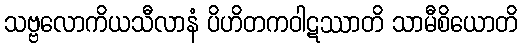
သဗ္ဗလောကိယသီလာနံ ပိဟိတကဝါဋဿာတိ သာမီစိယောတိ